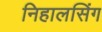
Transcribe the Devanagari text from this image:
निहालसिंग